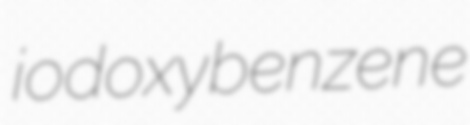
iodoxybenzene